Etiology and epidemiology of plague
Disease focus: Plague
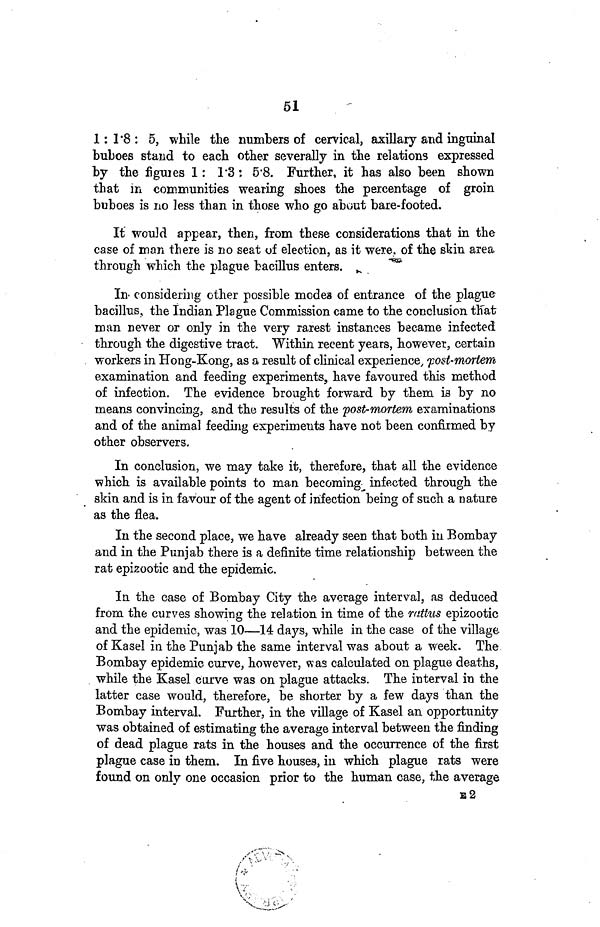
51
1 : 1 8 : 5, while the numbers of cervical, axillary and inguinal
buboes stand to each other severally in the relations expressed
by the figures 1: 1 3: 5 8. Further, it has also been shown
that in communities wearing shoes the percentage of groin
buboes is no less than in those who go about bare-footed.
It would appear, then, from these considerations that in the
case of man there is no seat of election, as it were, of the skin area
through which the plague bacillus
enters.
In considering other possible modes of entrance of the plague
bacillus, the Indian Plague Commission came to the conclusion that
man never or only in the very rarest instances became infected
through the digestive tract. Within recent years, however, certain
workers in Hong-Kong, as a result of clinical experience, post-mortem
examination and feeding experiments, have favoured this method
of infection. The evidence brought forward by them is by no
means convincing, and the results of the post-mortem examinations
and of the animal feeding experiments have not been confirmed by
other observers.
In conclusion, we may take it, therefore, that all the evidence
which is available points to man becoming infected through the
skin and is in favour of the agent of infection being of such a nature
as the flea.
In the second place, we have already seen that both in Bombay
and in the Punjab there is a definite time relationship between the
rat epizootic and the epidemic.
In the case of Bombay City the average interval, as deduced
from the curves showing the relation in time of the rattus epizootic
and the epidemic, was 10—14 days, while in the case of the village
of Kasel in the Punjab the same interval was about a week. The
Bombay epidemic curve, however, was calculated on plague deaths,
while the Kasel curve was on plague attacks. The interval in the
latter case would, therefore, be shorter by a few days than the
Bombay interval. Further, in the village of Kasel an opportunity
was obtained of estimating the average interval between the finding
of dead plague rats in the houses and the occurrence of the first
plague case in them. In five houses, in which plague rats were
found on only one occasion prior to the human case, the average
E 2